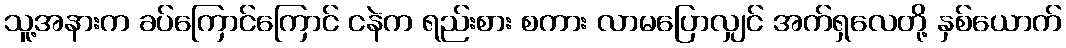
သူ့အနားက ခပ်ကြောင်ကြောင် ငနဲက ရည်းစား စကား လာမပြောလျှင် အက်ရှလေတို့ နှစ်ယောက်